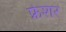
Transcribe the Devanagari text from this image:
फ्रेशर